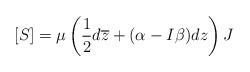
LaTeX: \begin{align*}[S]=\mu\left(\frac{1}{2}d\overline{z}+(\alpha-I\beta)dz\right)J\end{align*}